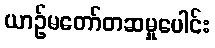
ယာဉ်မတော်တဆမှုပေါင်း